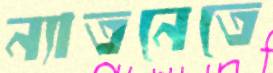
ন্যাতনেতে